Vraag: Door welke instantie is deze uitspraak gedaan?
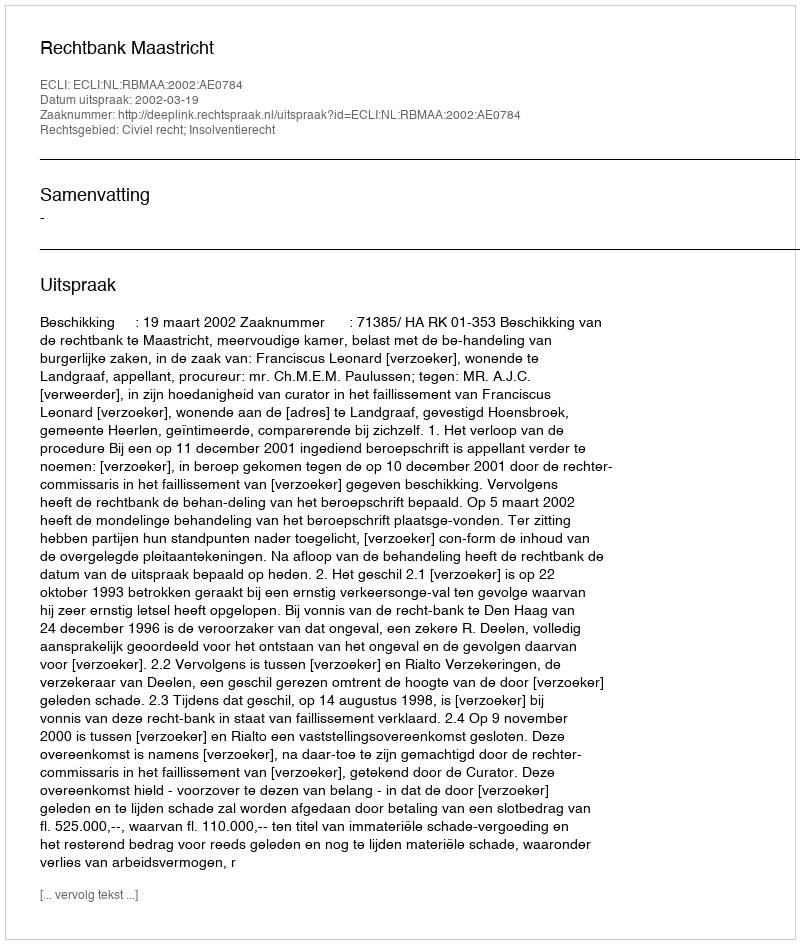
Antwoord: Rechtbank Maastricht